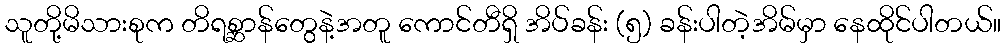
သူတို့မိသားစုက တိရစ္ဆာန်တွေနဲ့အတူ ကောင်တီရှိ အိပ်ခန်း (၅) ခန်းပါတဲ့အိမ်မှာ နေထိုင်ပါတယ်။